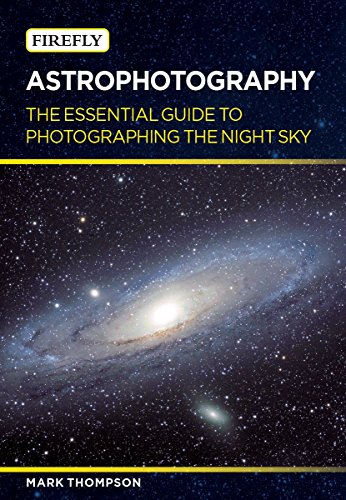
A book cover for Astrophotography: The Essential Guide to Photographing the Night Sky; Mark Thompson; Science & Math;